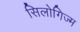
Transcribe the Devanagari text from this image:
सिलोगिज्म